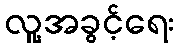
လူ့အခွင့်ရေး